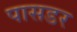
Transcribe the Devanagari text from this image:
पासडर